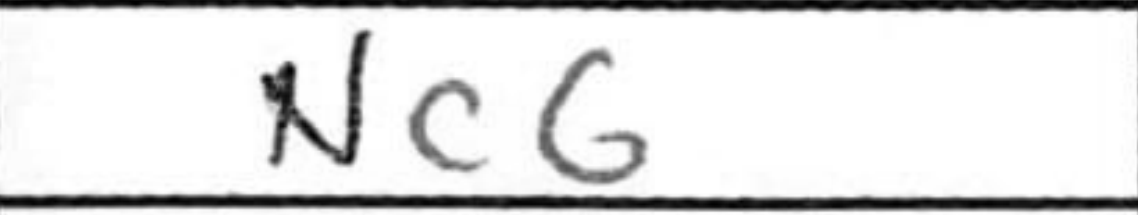
Transcription: Nc6